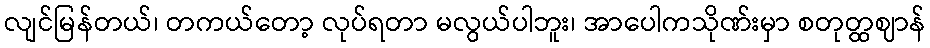
လျင်မြန်တယ်၊ တကယ်တော့ လုပ်ရတာ မလွယ်ပါဘူး၊ အာပေါကသိုဏ်းမှာ စတုတ္ထဈာန်